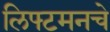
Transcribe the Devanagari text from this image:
लिफ्टमनचे